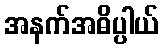
အနက်အဓိပ္ပါယ်